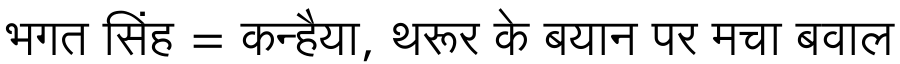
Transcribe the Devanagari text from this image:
भगत सिंह = कन्हैया, थरूर के बयान पर मचा बवाल